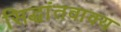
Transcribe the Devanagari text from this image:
सिद्धांतवाक्य